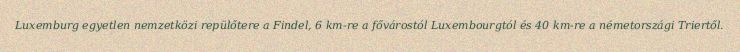
Luxemburg egyetlen nemzetközi repülőtere a Findel, 6 km-re a fővárostól Luxembourgtól és 40 km-re a németországi Triertől.